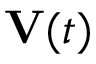
\mathbf { V } ( t )